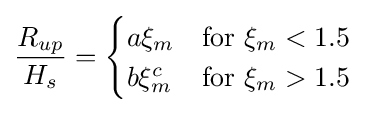
{\frac {R_{up}}{H_{s}}}={\begin{cases}a\xi _{m}&{\text{for }}\xi _{m}<1.5\\b\xi _{m}^{c}&{\text{for }}\xi _{m}>1.5\end{cases}}